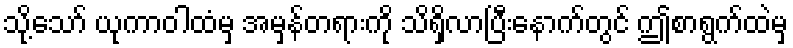
သို့သော် ယုကာဝါထံမှ အမှန်တရားကို သိရှိလာပြီးနောက်တွင် ဤစာရွက်ထဲမှ